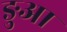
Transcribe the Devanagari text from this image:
ङुआ